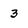
Character: 3